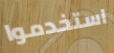
استخدموا